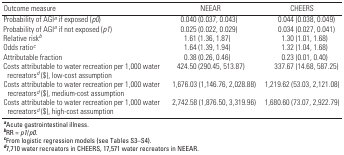
<table><thead><tr><td><b>Outcome measure</b></td><td><b>NEEAR</b></td><td><b>CHEERS</b></td></tr></thead><tbody><tr><td><b>Probability of AGI<sup><i>a</i></sup> if exposed (<i>p0</i>) </b></td><td>0.040 (0.037, 0.043)</td><td>0.044 (0.038, 0.049)</td></tr><tr><td><b>Probability of AGI<sup><i>a</i></sup> if not exposed (<i>p1</i>) </b></td><td>0.025 (0.022, 0.029)</td><td>0.034 (0.027, 0.041)</td></tr><tr><td><b>Relative risk<sup><i>b</i></sup></b></td><td>1.61 (1.36, 1.87)</td><td>1.30 (1.01, 1.68)</td></tr><tr><td><b>Odds ratio<sup><i>c</i></sup></b></td><td>1.64 (1.39, 1.94)</td><td>1.32 (1.04, 1.68)</td></tr><tr><td><b>Attributable fraction</b></td><td>0.38 (0.26, 0.46)</td><td>0.23 (0.01, 0.40)</td></tr><tr><td><b>Costs attributable to water recreation per 1,000 water recreators<sup><i>d</i></sup> ($), low-cost assumption</b></td><td>424.50 (290.45, 513.87)</td><td>337.67 (14.68, 587.25)</td></tr><tr><td><b>Costs attributable to water recreation per 1,000 water recreators<sup><i>d</i></sup> ($), medium-cost assumption</b></td><td>1,676.03 (1,146.76, 2,028.88)</td><td>1,219.62 (53.03, 2,121.08)</td></tr><tr><td><b>Costs attributable to water recreation per 1,000 water recreators<sup><i>d</i></sup> ($), high-cost assumption</b></td><td>2,742.58 (1,876.50, 3,319.96)</td><td>1,680.60 (73.07, 2,922.79)</td></tr><tr><td colspan="3"><sup><i><b>a</b></i></sup>Acute gastrointestinal illness. <sup><i><b>b</b></i></sup>RR = <i>p1</i>/<i>p0</i>. <sup><i><b>c</b></i></sup>From logistic regression models (see Tables S3–S4). <sup><i><b>d</b></i></sup>7,710 water recreators in CHEERS, 17,571 water recreators in NEEAR.</td></tr></tbody></table>